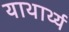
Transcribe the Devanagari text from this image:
याथार्थ्य